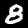
Label: 8